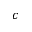
^ c